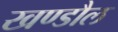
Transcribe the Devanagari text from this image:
खण्डौल